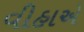
વીહાએ